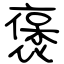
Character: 褒